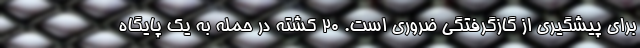
برای پیشگیری از گازگرفتگی ضروری است. 20 کشته در حمله به یک پایگاه